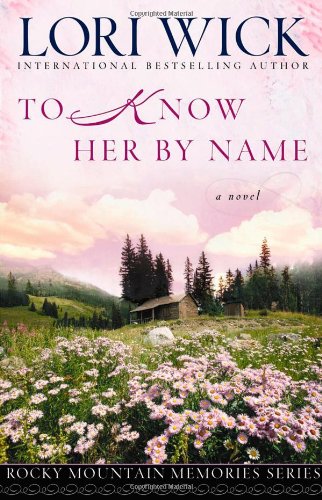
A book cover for To Know Her by Name (Rocky Mountain Memories #3); Lori Wick; Christian Books & Bibles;